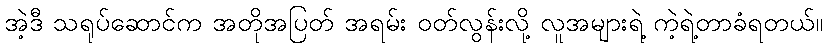
အဲ့ဒီ သရုပ်ဆောင်က အတိုအပြတ် အရမ်း ဝတ်လွန်းလို့ လူအများရဲ့ ကဲ့ရဲ့တာခံရတယ်။